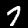
Digit: 7